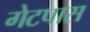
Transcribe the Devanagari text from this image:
गेटपास